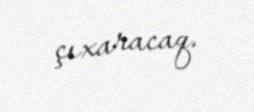
çıxaracaq.